Civil Veterinary Department Bihar & Orissa reports 1911-21 - 1911-1921
Year: 1911
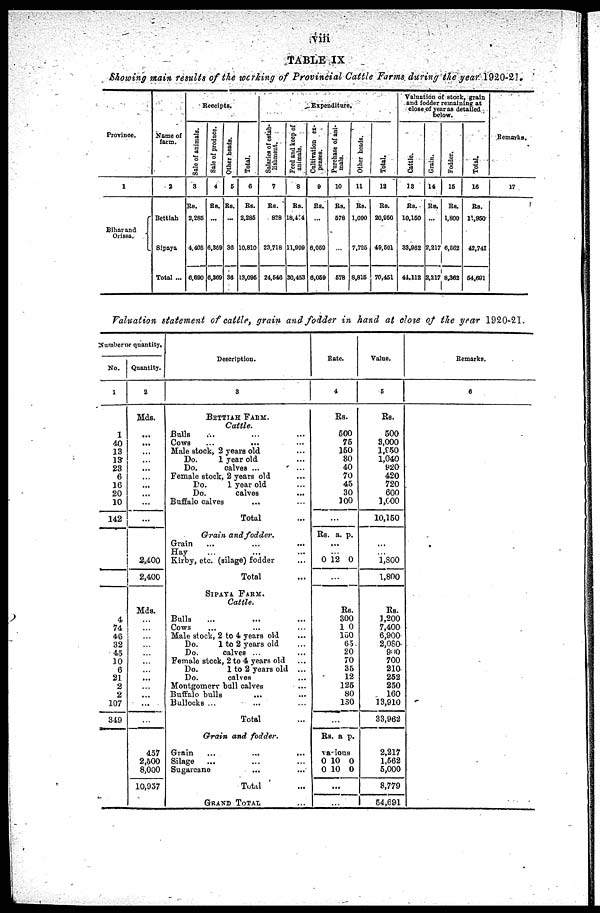
TABLE IX
Showing main results of the working of Provincial Cattle Farms during the year 1920-21.
Province.
1
Bihar and
Orissa.
Name of
farm.
2
Bettiah
Sipaya
Total ...
Receipts.
Sale of animals.
3
Rs.
2,285
4,406
6,690
Sale of produce.
4
Rs.
...
6,309
6,369
Other beads.
5
Rs.
...
36
36
Total.
6
Rs.
2,285
10.810
13,095
Expenditure.
Salaries of estab-
lishment.
7
Rs.
828
23,718
24,646
Feed and keep of
animals.
8
Rs.
18,4:4
11,999
30,453
Cultivation ex-
penses.
9
Rs.
...
6,059
6,059
Purchase of ani-
mals.
10
Rs.
678
...
678
Other heads.
11
Rs.
1,090
7,725
8,815
Total.
12
Rs.
20,950
49,601
70,451
Valuation of stock, grain
and fodder remaining at
close of year as detailed
below.
Cattle.
13
Rs.
10,150
33,962
44,112
Grain.
14
Rs.
...
2,217
2,217
Fodder.
15
Rs.
1,800
6,562
8,362
Total.
16
Rs.
1,950
42,741
64,691
Remarks.
17
Valuation statement of cattle, grain and fodder in hand at close of the year 1920-21.
Number
quantity.
No.
1
1
40
13
13
23
6
16
20
10
142
4
74
46
32
45
10
6
21
2
2
107
349
Quantity.
2
Mds.
...
...
...
...
...
...
...
...
...
...
2,400
2,400
Mds.
...
...
...
...
...
...
...
...
...
...
...
...
457
2,500
8,000
10,957
Description.
3
BETTIAH FARM.
Cattle.
Bulls ... ... ...
Cows...
...
...
Male stock, 2 years old ...
Do.
1 year old ...
Do.
calves ...
Female stock, 2 years old ...
Do.
1 year old ...
Do.
calves ...
Buffalo calves ... ...
Total ...
Grain and fodder.
Grain ... ... ...
Hay
...
...
...
Kirby, etc. (silage) fodder ...
Total ...
SIPAYA FARM.
Cattle.
Bulls ... ... ...
Cows ... ... ...
Male stock, 2 to 4 years old ...
Do.
1 to 2 years old ...
Do.
calves ...
Female stock, 2 to 4 years old ...
Do.
1 to 2 years old ...
Do.
calves ...
Montgomery bull calves ...
Buffalo bulls ... ...
Bullocks ... ... ...
Total ...
Grain and fodder.
Grain ... ... ...
Silage ... ... ...
Sugarcane ... ...
Total ...
GRAND TOTAL ...
Bate.
4
Rs.
500
75
150
80
40
70
45
30
100
...
Rs. a. p.
...
0 12 0
...
Rs.
300
1 0
150
65
20
70
35
12
125
80
130
...
Rs. a p.
various
0 10 0
0 10 0
...
...
Value.
5
Rs.
500
3,000
l,950
1,040
920
420
720
600
1,000
10,150
...
1,800
1,800
Rs.
1,200
7,400
6,900
2,080
900
700
21a
252
250
160
13,910
33,962
2,217
1,562
5,000
8,779
54,691
Remarks.
6